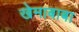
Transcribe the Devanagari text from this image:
खेमाबाबा